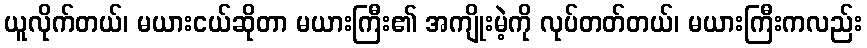
ယူလိုက်တယ်၊ မယားငယ်ဆိုတာ မယားကြီး၏ အကျိုးမဲ့ကို လုပ်တတ်တယ်၊ မယားကြီးကလည်း